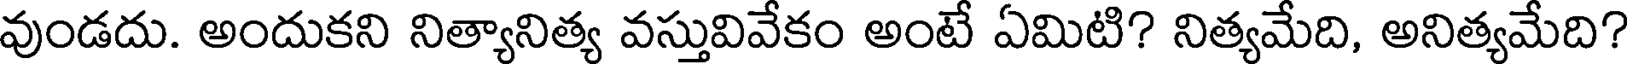
వుండదు. అందుకని నిత్యానిత్య వస్తువివేకం అంటే ఏమిటి? నిత్యమేది, అనిత్యమేది?